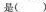
是( )